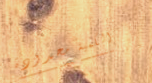
الكمية محدودة